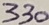
Text: 330